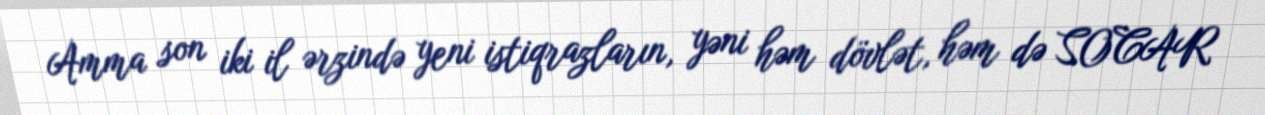
Amma son iki il ərzində yeni istiqrazların, yəni həm dövlət, həm də SOCAR